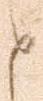
と